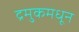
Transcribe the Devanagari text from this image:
द्रमुकमधून